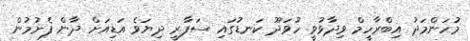
މުހަންމަދު އިބްރާހީމް ވިދާޅުވީ ހުވަދޫ ކަނޑުގައި ސަފާރީ ދިޔަވެ އަޑިއަށް ދާން ފެށުމުން